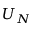
U _ { N }